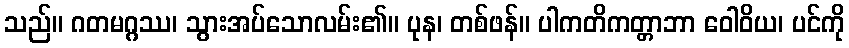
သည်။ ဂတမဂ္ဂဿ၊ သွားအပ်သောလမ်း၏။ ပုန၊ တစ်ဖန်။ ပါကတိကတ္တာဘာ ဝေါဝိယ၊ ပင်ကို